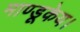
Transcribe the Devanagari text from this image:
माण्डूकेय।